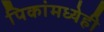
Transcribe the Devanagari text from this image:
पिकांमध्येही